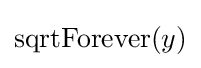
\operatorname {sqrtForever} (y)